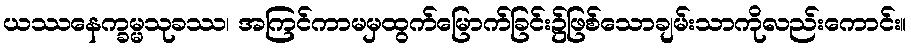
ယဿနေက္ခမ္မသုခဿ၊ အကြင်ကာမမှထွက်မြောက်ခြင်း၌ဖြစ်သောချမ်းသာကိုလည်းကောင်း။